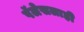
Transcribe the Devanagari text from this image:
पॅलेसलाही